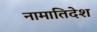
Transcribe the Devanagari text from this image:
नामातिदेश